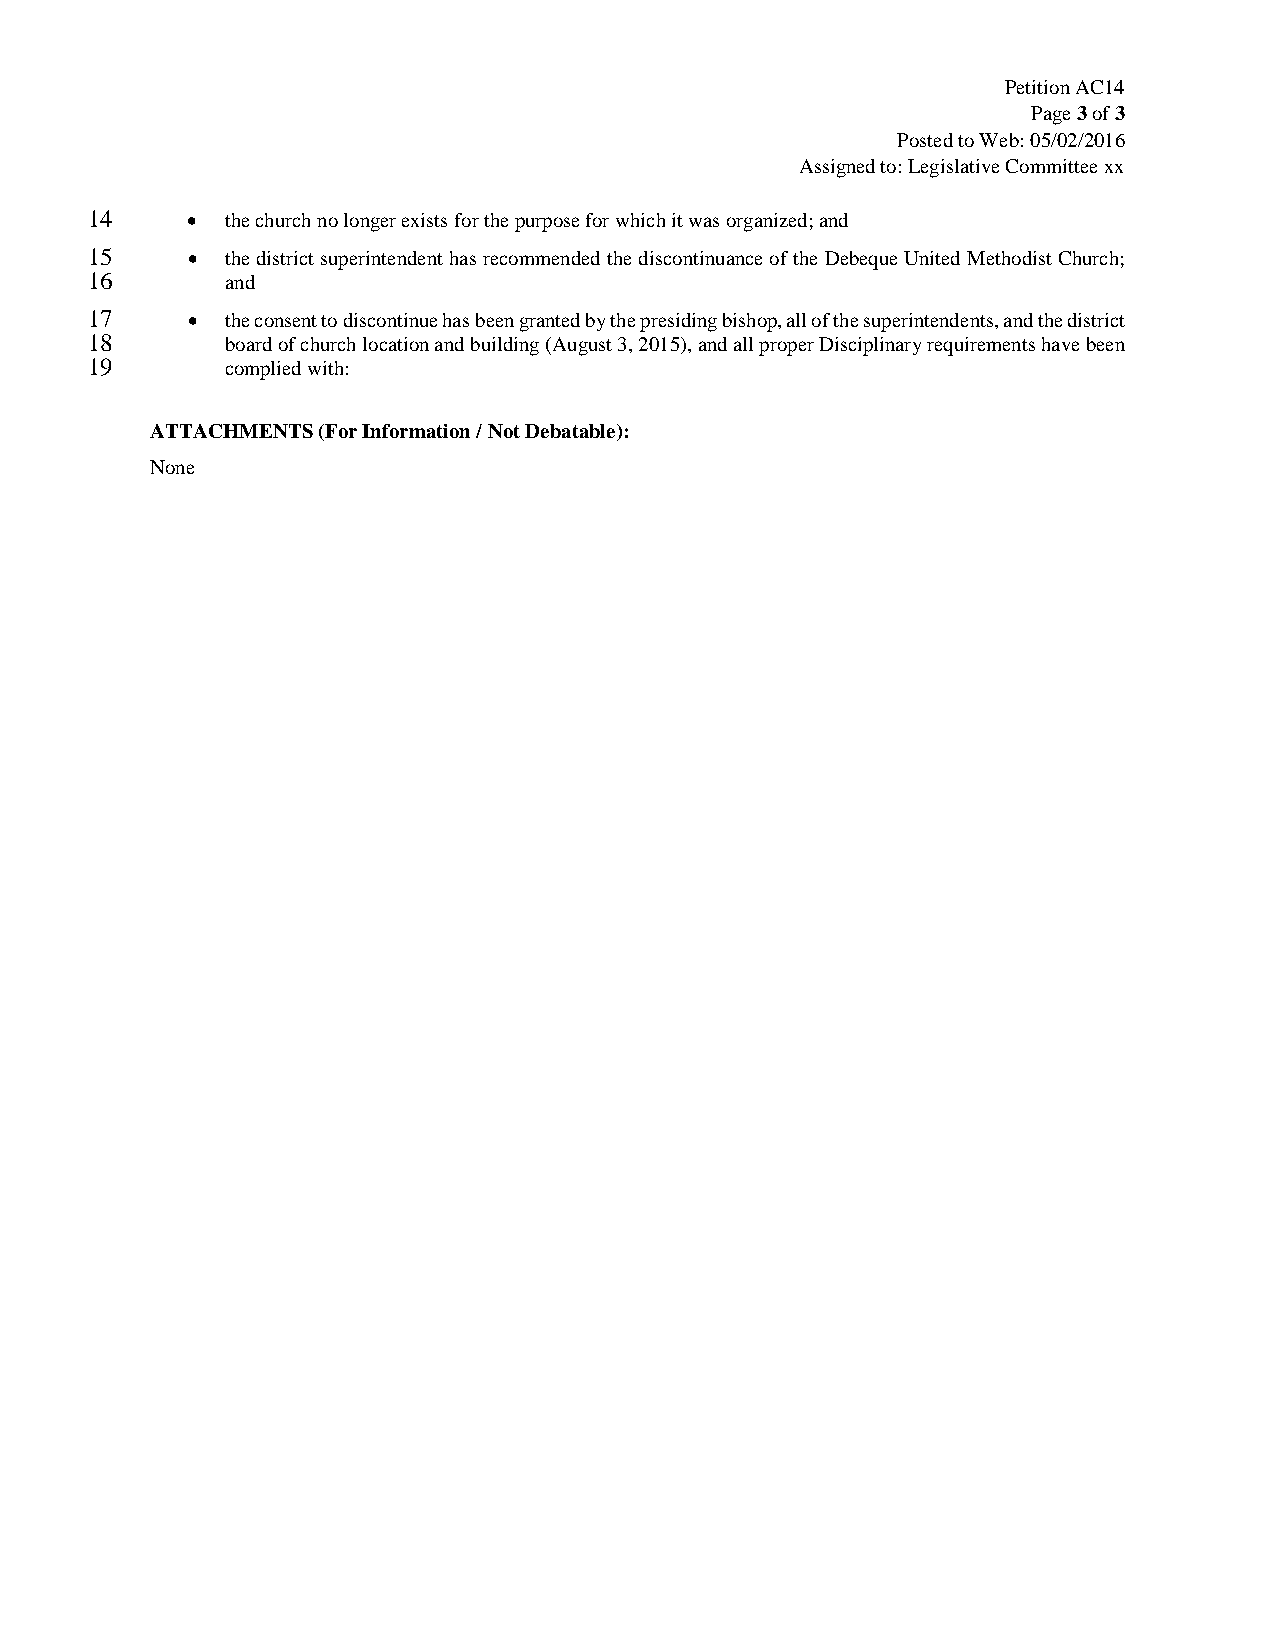
Petition AC14
 Page 3 of 3
 Posted to Web: 05/02/2016
 Assigned to: Legislative Committee xx
 14    •  the church no longer exists for the purpose for which it was organized; and
 15    •  the district superintendent has recommended the discontinuance of the Debeque United Methodist Church;
 16       and
 17    •  the consent to discontinue has been granted by the presiding bishop, all of the superintendents, and the district
 18       board of church location and building (August 3, 2015), and all proper Disciplinary requirements have been
 19       complied with:
 ATTACHMENTS (For Information / Not Debatable):
 None